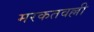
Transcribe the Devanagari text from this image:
मरकतवल्ली